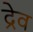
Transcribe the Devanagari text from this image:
द्रेव